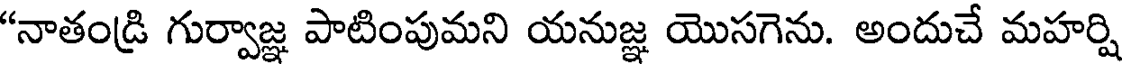
"నాతండ్రి గుర్వాజ్ఞ పాటింపుమని యనుజ్ఞ యొసగెను. అందుచే మహర్షి